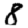
Digit: 8